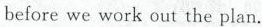
before we work out the plan.